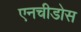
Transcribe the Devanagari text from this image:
एनचीडोस